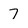
Character: 7